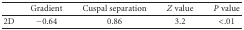
<table><thead><tr><td>[EMPTY_CELL]</td><td><b> Gradient</b></td><td><b> Cuspal separation</b></td><td><b><i>Z</i> value</b></td><td><b><i>P</i> value</b></td></tr></thead><tbody><tr><td> 2D</td><td> −0.64</td><td> 0.86</td><td> 3.2</td><td> &lt;.01</td></tr></tbody></table>